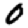
Digit: 0